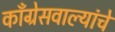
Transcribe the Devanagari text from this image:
काँग्रेसवाल्यांचे